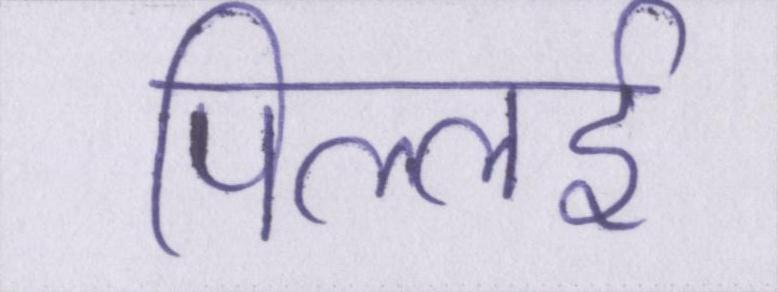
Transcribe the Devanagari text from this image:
पिल्लई